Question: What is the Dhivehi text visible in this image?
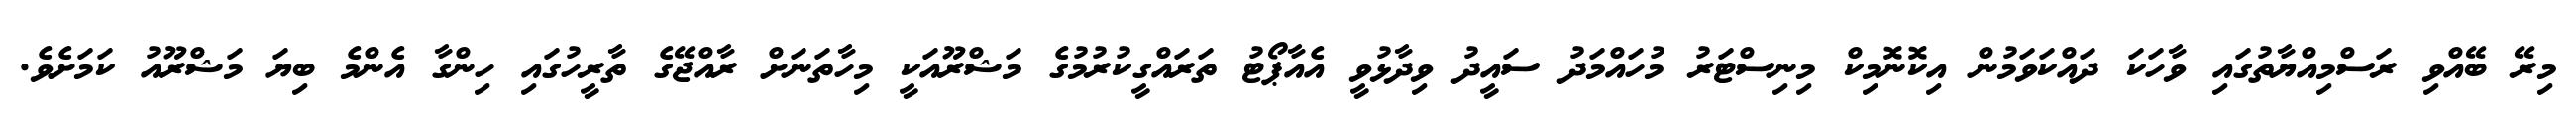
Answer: މިރޭ ބޭއްވި ރަސްމިއްޔާތުގައި ވާހަކަ ދައްކަވަމުން އިކޮނޮމިކް މިނިސްޓަރު މުހައްމަދު ސައީދު ވިދާޅުވީ އެއާޕޯޓު ތަރައްގީކުރުމުގެ މަޝްރޫއަކީ މިހާތަނަށް ރާއްޖޭގެ ތާރީހުގައި ހިންގާ އެންމެ ބިޔަ މަޝްރޫއު ކަމަށެވެ.